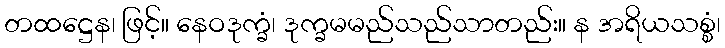
တထဋ္ဌေန၊ ဖြင့်။ နေဝဒုက္ခံ၊ ဒုက္ခမမည်သည်သာတည်း။ န အရိယသစ္စံ၊